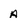
Character: A